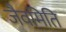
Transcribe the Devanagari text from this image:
जैवमिति